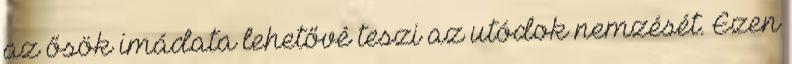
az ősök imádata lehetővé teszi az utódok nemzését. Ezen